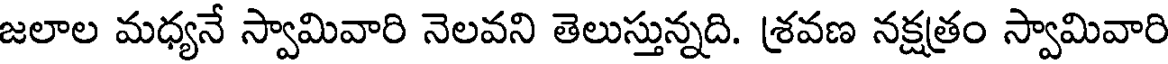
జలాల మధ్యనే స్వామివారి నెలవని తెలుస్తున్నది. శ్రవణ నక్షత్రం స్వామివారి